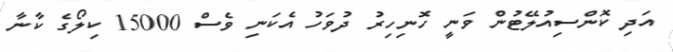
އަދި ކޮންސިއުލޭޓުން ވަނީ ހޮނިހިރު ދުވަހު އެކަނި ވެސް 15000 ކިލޯގެ ކާނާ